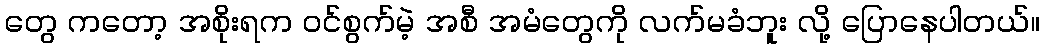
တွေ ကတော့ အစိုးရက ဝင်စွက်မဲ့ အစီ အမံတွေကို လက်မခံဘူး လို့ ပြောနေပါတယ်။